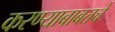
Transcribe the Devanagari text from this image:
करण्याबाबतचे